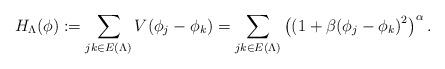
LaTeX: \begin{align*}H_{\Lambda}(\phi) := \sum_{jk \in E(\Lambda)} V(\phi_j-\phi_k) = \sum_{jk \in E(\Lambda)} \left(\left(1+\beta(\phi_j-\phi_k\right)^2\right)^\alpha.\end{align*}